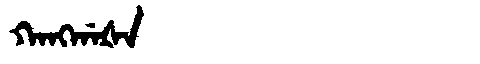
Manchu: ᡴᠠᠩᡤᠠᡧᠠ
Romanization: KANGGAŠA